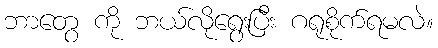
ဘာတွေ ကို ဘယ်လိုရွေးပြီး ဂရုစိုက်ရမလဲ။